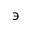
\backepsilon